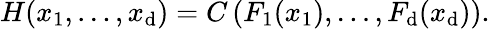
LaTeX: H(x_{1},\dots,x_{\mathrm{d}})=C\left(F_{1}(x_{1}),\dots,F_{\mathrm{d}}(x_{\mathrm{d}})\right).